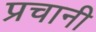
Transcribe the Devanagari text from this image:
प्रचानी